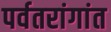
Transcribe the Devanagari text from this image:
पर्वतरांगांत